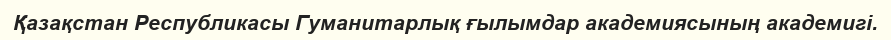
Қазақстан Республикасы Гуманитарлық ғылымдар академиясының академигі.